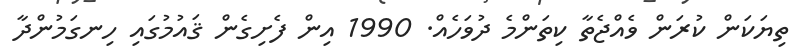
ތިޔަކަން ކުރަން ވެއްޖެތާ ކިތަންމެ ދުވަހެއް. 1990 އިން ފެށިގެން ޤައުމުގައި ހިނގަމުންދާ